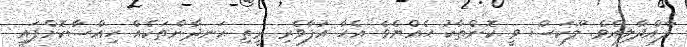
ފާއްދާލިއެވެ. ލޫކަސް ވީ ކޮންތާކު ހެއްޔެވެ އެހާ އުފާވެރި ރީތި ހަނދާންތަކެއް ހިއްސާކޮށްފައި